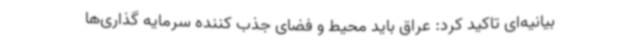
بیانیه‌ای تاکید کرد: عراق باید محیط و فضای جذب کننده سرمایه گذاری‌ها